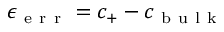
\epsilon _ { \mathrm { ~ e ~ r ~ r ~ } } = c _ { + } - c _ { \mathrm { ~ b ~ u ~ l ~ k ~ } }